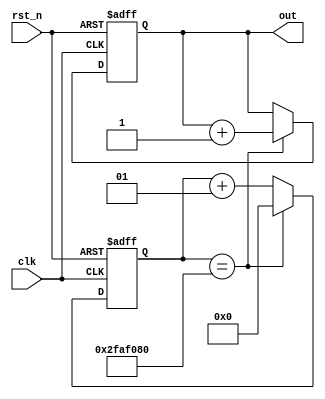
module timer #(
	parameter second = 50_000_000
)(
	input clk,
	input rst_n,
	output [9:0] out
);

	// timer counts seconds
	reg [9:0] out_next, out_reg;
	assign out = out_reg;

	// out counts seconds
	// so we need counter that counts ticks
	integer timer_next, timer_reg;

	always @(posedge clk, negedge rst_n) begin
		if(!rst_n) begin
			out_reg <= 10'h000;			
			timer_reg <= 0;
		end else begin
			out_reg <= out_next;
			timer_reg <= timer_next;
		end
	end

	always @(*) begin
		out_next = out_reg;
		timer_next = timer_reg;

		// we need clk frequency
		// on every posedge of clk, we need to count 
		// every up-dow-up is 1 period => period = 1 / frequency
		// frequency is number of ticks per 1 second
		// In this case frequency is 50MHz
		// we can count up to 50*10^6 and when we reach this value, we can say that second has passed
		
		// simply we need this
		if(timer_reg == second) begin
			out_next = out_reg + 1; // second has passed
			timer_next = 0; // reset timer for next second
		end else begin
			timer_next = timer_reg + 1; // count untill frequency
		end	
	end

endmodule